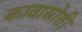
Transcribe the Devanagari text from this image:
कावासोती